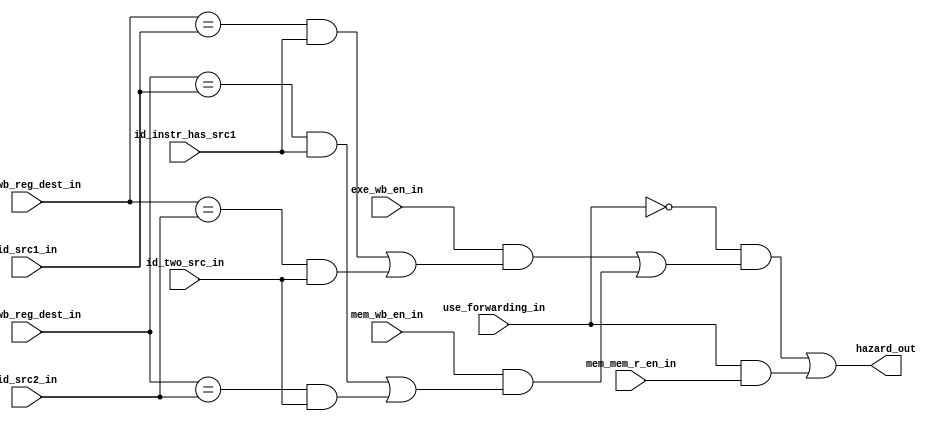
module hazard_detection(
    input       [3:0]   id_src1_in,
    input       [3:0]   id_src2_in,
    input               id_two_src_in,
    input               id_instr_has_src1,
    input               exe_wb_en_in,
    input       [3:0]   exe_wb_reg_dest_in,
    input               mem_wb_en_in,
    input       [3:0]   mem_wb_reg_dest_in,
    input               mem_mem_r_en_in,
    input               use_forwarding_in,

    output              hazard_out
);

    assign hazard_out =
        (   
            (~use_forwarding_in) & (
                (
                    (exe_wb_en_in) & ((
                    (exe_wb_reg_dest_in == id_src1_in) & (id_instr_has_src1)
                    ) | (
                    (exe_wb_reg_dest_in == id_src2_in) & (id_two_src_in)))
                ) | (
                    (mem_wb_en_in) & ((
                    (mem_wb_reg_dest_in == id_src1_in) & (id_instr_has_src1)
                    ) | (
                    (mem_wb_reg_dest_in == id_src2_in) & (id_two_src_in)))
                )
            )
        ) | (
            (use_forwarding_in) & (mem_mem_r_en_in)
        );

endmodule